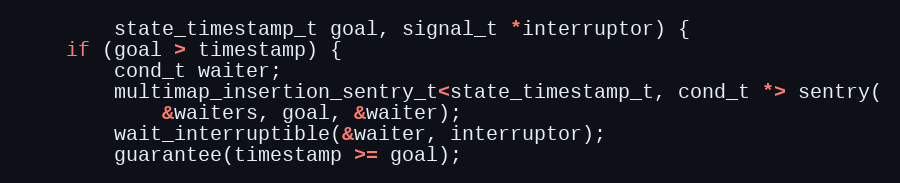
Language: C++
        state_timestamp_t goal, signal_t *interruptor) {
    if (goal > timestamp) {
        cond_t waiter;
        multimap_insertion_sentry_t<state_timestamp_t, cond_t *> sentry(
            &waiters, goal, &waiter);
        wait_interruptible(&waiter, interruptor);
        guarantee(timestamp >= goal);